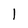
Character: l